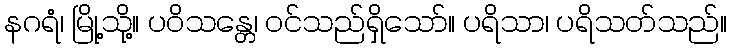
နဂရံ၊ မြို့သို့။ ပဝိသန္တေ၊ ဝင်သည်ရှိသော်။ ပရိသာ၊ ပရိသတ်သည်။